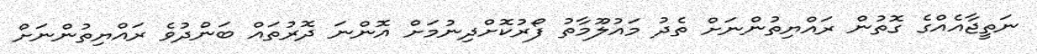
ނަތީޖާއެއްގެ ގޮތުން ރައްޔިތުންނަށް ތެދު މައުލޫމާތު ފޯރުކޮށްދިނުމަށް އޮންނަ ދޮރުތައް ބަންދުވެ ރައްޔިތުންނަށް